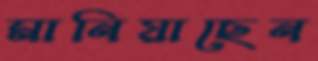
মানিয়াছেন